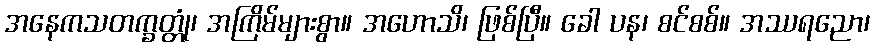
အနေကသတက္ခတ္တုံ၊ အကြိမ်များစွာ။ အဟောသိ၊ ဖြစ်ပြီ။ ခေါ ပန၊ စင်စစ်။ အဿရညော၊